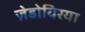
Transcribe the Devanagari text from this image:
ज़ेडोयिरया